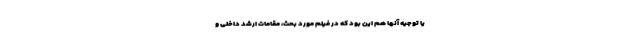
یا توجیه آنها هم این بود که در فیلم مورد بحث، مقامات ارشد داخلی و